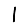
Digit: 1